Indian journal of veterinary science and animal husbandry - Volume 4,
Year: 1934
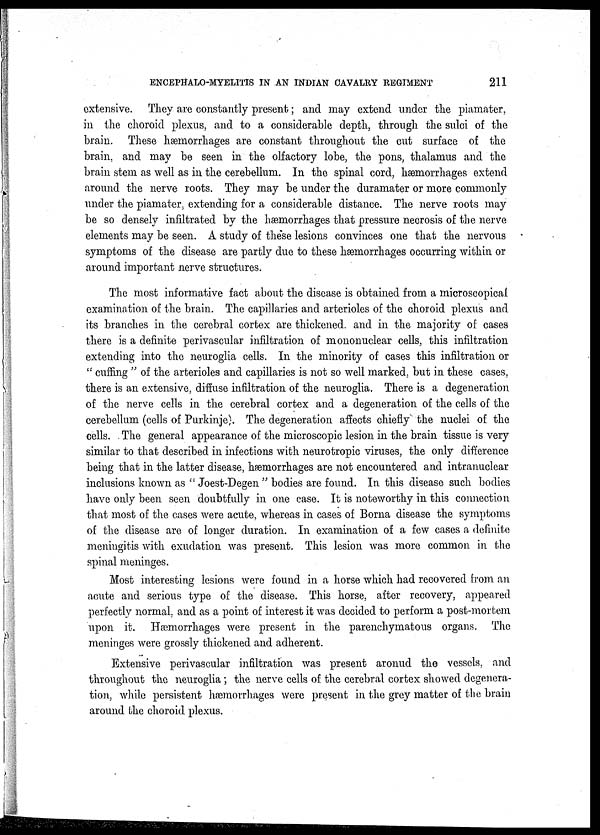
ENCEPHALO-MYELITIS IN AN INDIAN CAVALRY REGIMENT
211
extensive. They are constantly present; and may extend under the piamater,
in the choroid plexus, and to a considerable depth, through the sulci of the
brain. These hæmorrhages are constant throughout the cut surface of the
brain, and may be seen in the olfactory lobe, the pons, thalamus and the
brain stem as well as in the cerebellum. In the spinal cord, hæmorrhages extend
around the nerve roots. They may be under the duramater or more commonly
under the piamater. extending for a considerable distance. The nerve roots may
be so densely infiltrated by the hæmorrhages that pressure necrosis of the nerve
elements may be seen. A study of these lesions convinces one that the nervous
symptoms of the disease are partly due to these hæmorrhages occurring within or
around important nerve structures.
The most informative fact about the disease is obtained from a microscopical
examination of the brain. The capillaries and arterioles of the choroid plexus and
its branches in the cerebral cortex are thickened, and in the majority of cases
there is a definite perivascular infiltration of mononuclear cells, this infiltration
extending into the neuroglia cells. In the minority of cases this infiltration or
" cuffing " of the arterioles and capillaries is not so well marked, but in these cases,
there is an extensive, diffuse infiltration of the neuroglia. There is a degeneration
of the nerve cells in the cerebral cortex and a degeneration of the cells of the
cerebellum (cells of Purkinje). The degeneration affects chiefly the nuclei of the
cells. The general appearance of the microscopic lesion in the brain tissue is very
similar to that described in infections with neurotropic viruses, the only difference
being that in the latter disease, hæmorrhages are not encountered and intranuclear
inclusions known as " Joest-Degen " bodies are found. In this disease such bodies
have only been seen doubtfully in one case. It is noteworthy in this connection
that most of the cases were acute, whereas in cases of Borna disease the symptoms
of the disease are of longer duration. In examination of a few cases a definite
meningitis with exudation was present. This lesion was more common in the
spinal meninges.
Most interesting lesions were found in a horse which had recovered from an
acute and serious type of the disease. This horse, after recovery, appeared
perfectly normal, and as a point of interest it was decided to perform a post-mortem
upon it. Hæmorrhages were present in the parenchymatous organs. The
meninges were grossly thickened and adherent.
Extensive perivascular infiltration was present aronud the vessels, and
throughout the neuroglia; the nerve cells of the cerebral cortex showed degenera-
tion, while persistent hæmorrhages were present in the grey matter of the brain
around the choroid plexus.